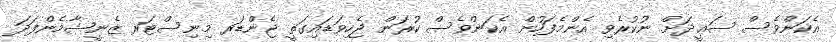
އެކަންވެސް ސަޢީދަށް ނުކުރެވި އެންމެފަހުން އެކަންވެސް ކުރަން ޖެހިވަޑައިގަތީ ޖެންޑަރ މިނިސްޓަރ ޒެނީޝާމެންފަދަ